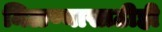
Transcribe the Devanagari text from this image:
मिळण्यासाठीही